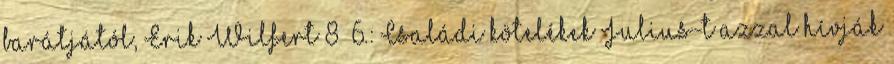
barátjától, Erik Wilfert 8 6.: Családi kötelékek Julius-t azzal hívják